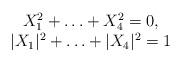
LaTeX: \begin{align*}\begin{array}{c}X_1^2+\ldots+X_4^2=0,\\|X_1|^2+\ldots+|X_4|^2=1\end{array}\end{align*}